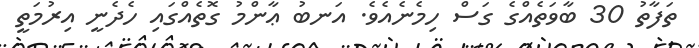
ތަފާތު 30 ބާވަތެއްގެ ގަސް ހިމެނެއެވެ. އަނބު ޢާންމު ގޮތެއްގައި ހެދެނީ އިރުމަތީ